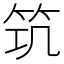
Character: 𥬑